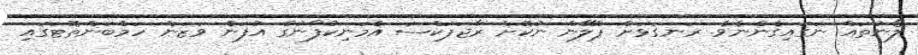
ލޯނުތައް ނަގައިގެންނެވެ. ރަނގަޅަށް ޕްލޭން ނުކޮށް ރާޖަޕަކްސަ އެމަނިކުފާނުގެ އުފަން ވަޒަން ހަމްބަންތޮޓަގައި